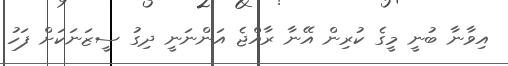
އިވާނާ ބުނީ މީގެ ކުރިން އޭނާ ރާއްޖެ އަންނަނީ ދިގު ސީޒަނަކަށް ފަހު